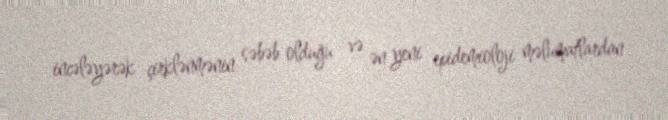
incələyərək çirklənmənin səbəb olduğu və ən yeni epidemioloji məlumatlardan